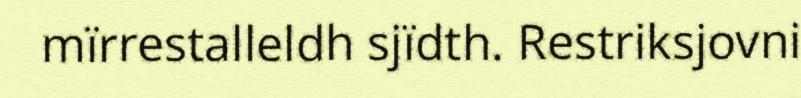
mïrrestalleldh sjïdth. Restriksjovni